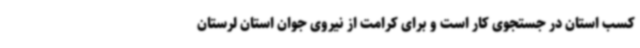
کسب استان در جستجوی کار است و برای کرامت از نیروی جوان استان لرستان